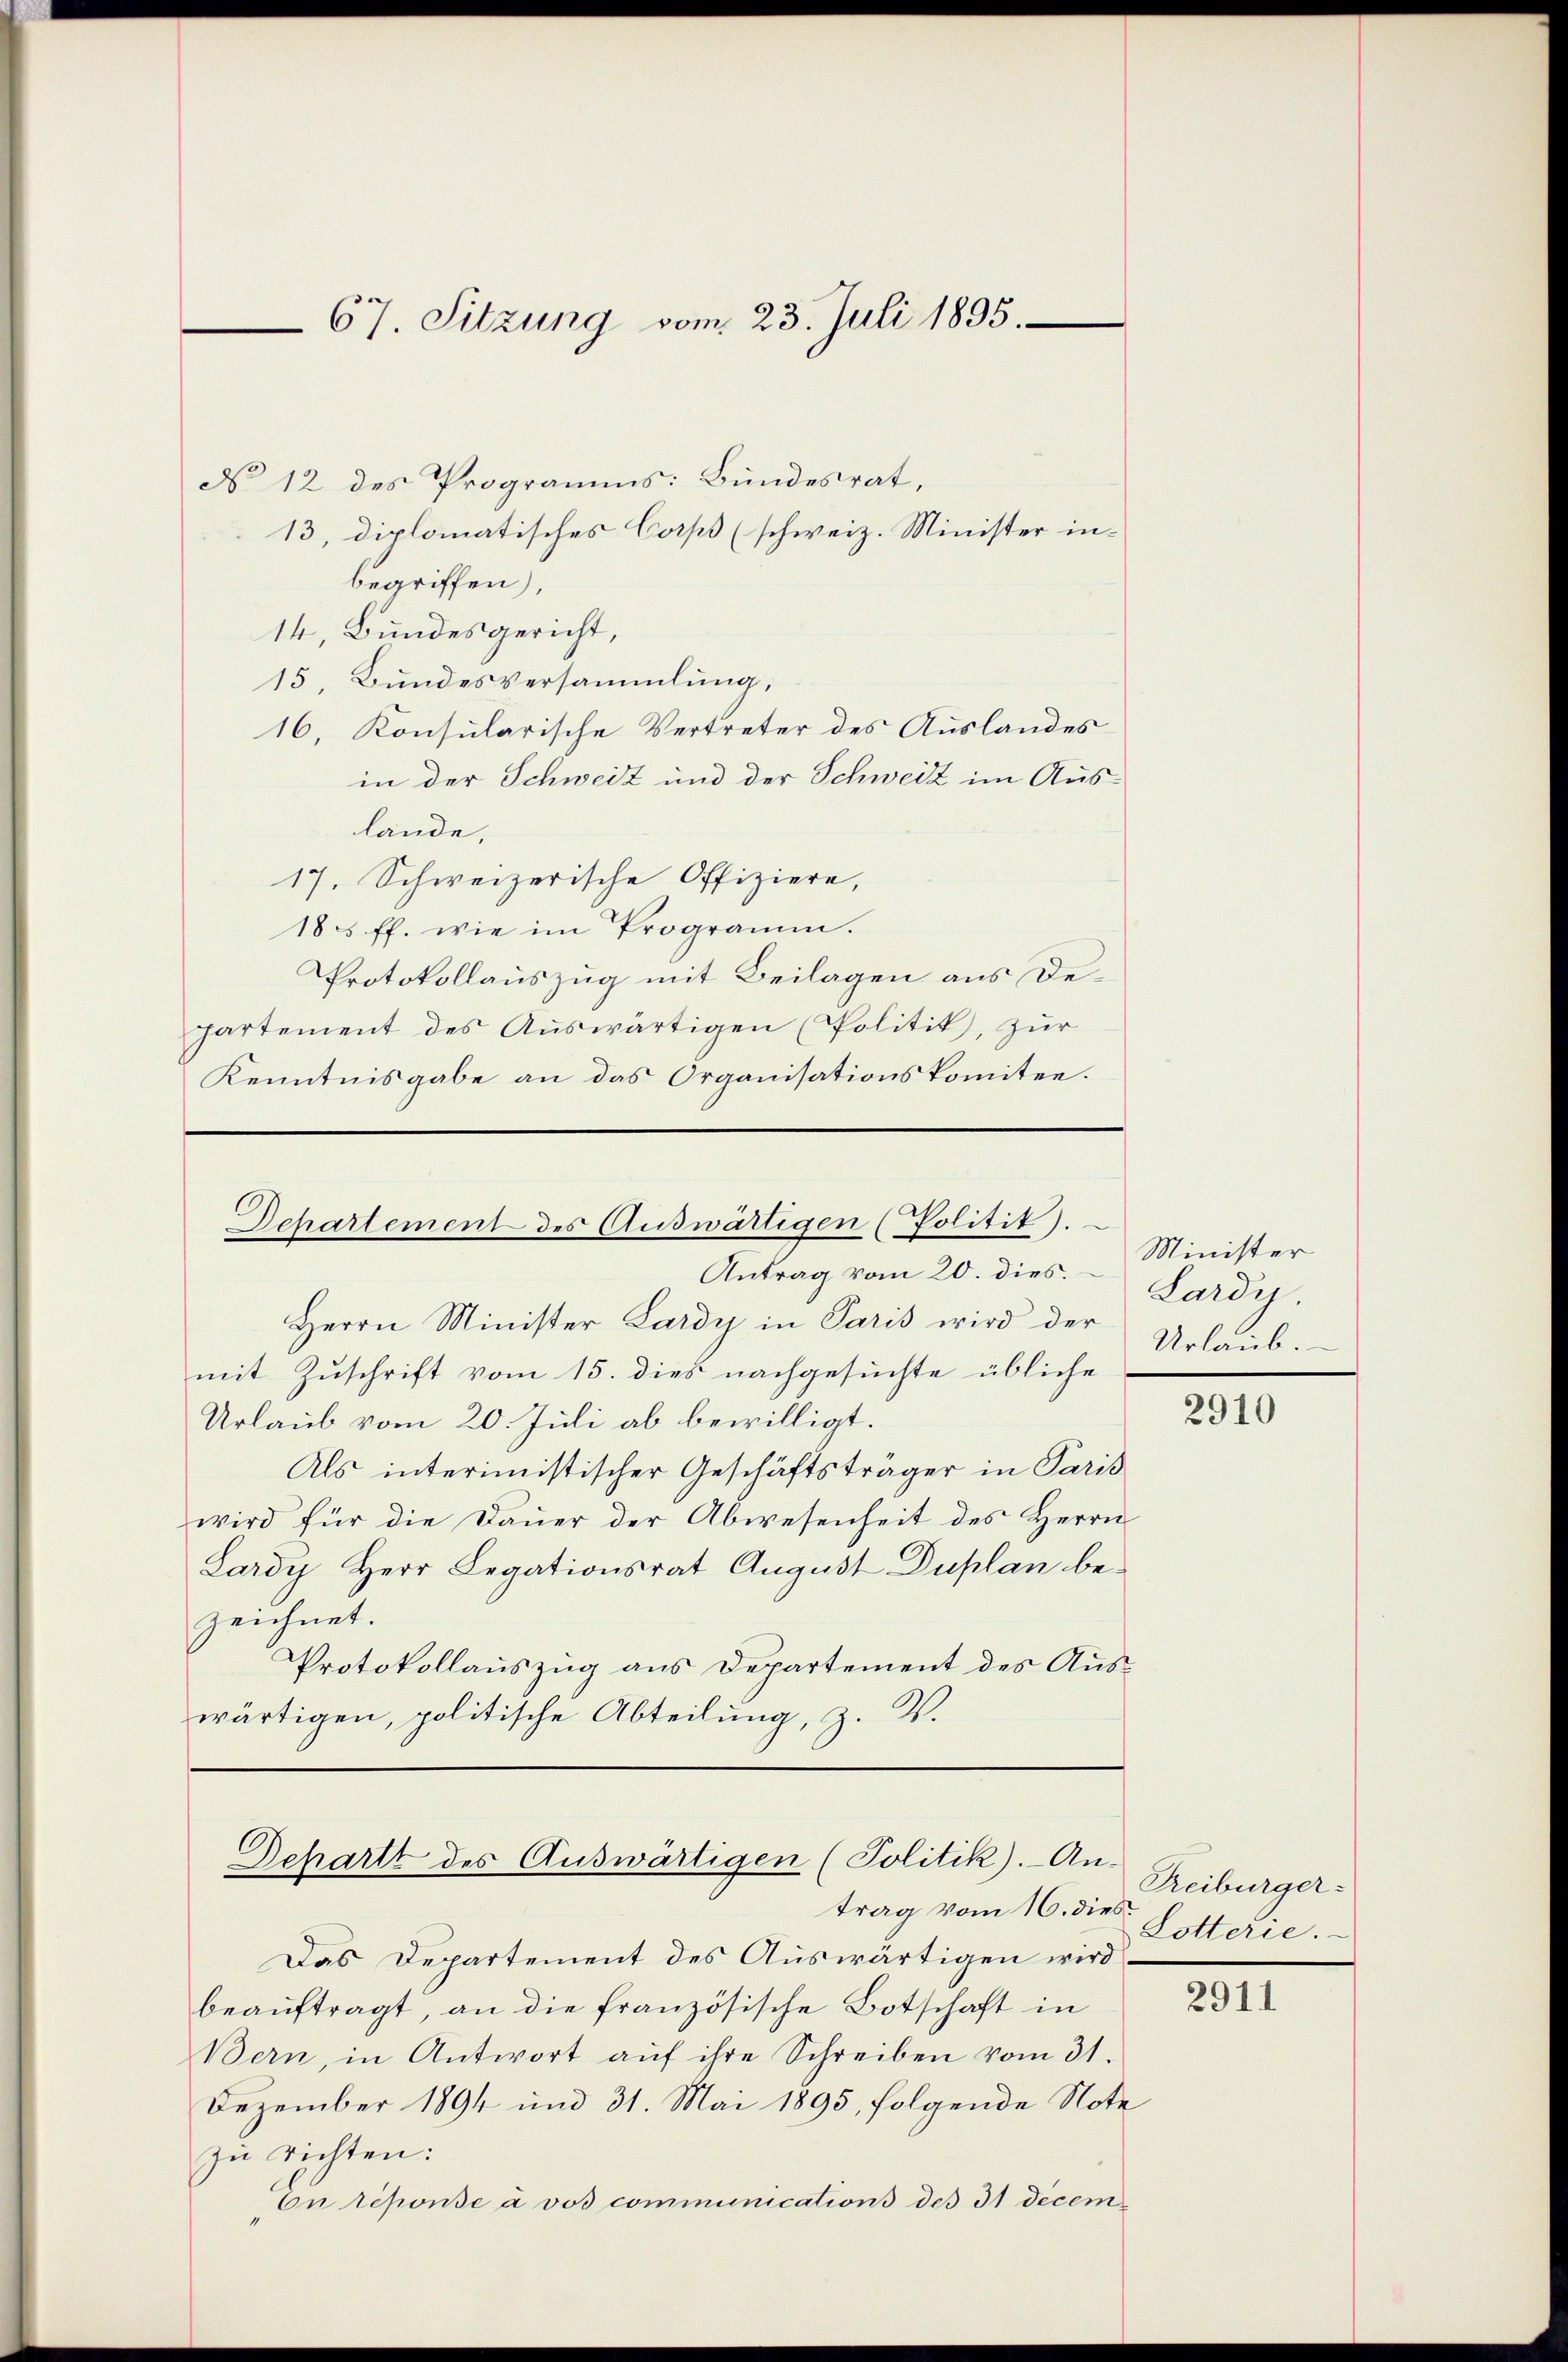
67. Sitzung vom 23. Juli 1895.

No 12 des Programms: Bundesrat,
13, diplomatisches Corps (schweiz. Minister inbegriffen),
14, Bundesgericht,
15. Bundesversammlung,
16. Konsularische Vertreter des Auslandes
in der Schweiz und der Schweiz im Auslände,
17. Schweizerische Offiziere,
185 ff. wie im Programm.
Protokollauszug mit Beilagen aus Departement des Auswärtigen (Politik, zur
Kenntnisgabe an das Organisationskomitee.

Departement des Auswärtigen (Politit).

Schartt des Auswärtigen (Politik). An-

Antrag vom 20. dies. Lardy.
Herrn Minister Lardy in Paris wird der
mit Zuschrift vom 15. dies nachgesuchte übliche
Urlaub vom 20. Juli ab bewilligt.
Als interimistischer Geschäftsträger in Paris
wird für die Daŭer der Abwesenheit des Herrn
Lardy Herr Legationsrat August Duplan bezeichnet.
Protokollauszug aus Departement des Auswärtigen, politische Abteilung, z. B.

trag vom 16. dies
Das Departement des Auswärtigen wird
beauftragt, an die französische Botschaft in
Bern, in Antwort aŭf ihre Schreiben vom 31.
Dezember 1894 und 31. Mai 1895, folgende Note
zu richten:
On réponse à vos communications des 31 Decem

Minister
Urlaub.

2910

Treiburger:
Lotterie.

2911